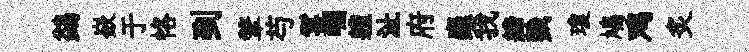
鷁嶔于恪到鞶芍鬘崛軆沚府麋我締戮瓊鳩鸡炙